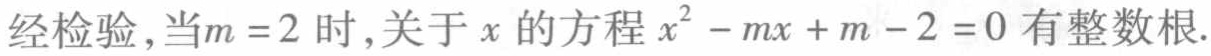
经检验，当\(m = 2\)时，关于\(x\)的方程\(x^{2}-mx + m - 2 = 0\)有整数根.